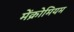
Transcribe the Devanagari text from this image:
मेंक्रोमियम